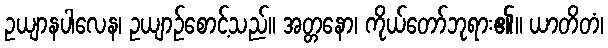
ဥယျာနပါလေန၊ ဥယျာဉ်စောင့်သည်။ အတ္တနော၊ ကိုယ်တော်ဘုရား၏။ ယာတိတံ၊